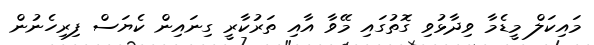
މައިކަލް މީޑެމާ ވިދާޅުވި ގޮތުގައި މޭވާ އާއި ތަރުކާރީ ގިނައިން ކެޔަސް ފިިރިހެނުން